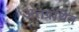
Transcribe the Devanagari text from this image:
अंतग्रंथित